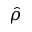
\hat { \rho }